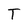
Character: T